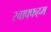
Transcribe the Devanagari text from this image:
स्वाफ्फहम